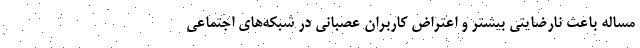
مساله باعث نارضایتی بیشتر و اعتراض کاربران عصبانی در شبکه‌های اجتماعی